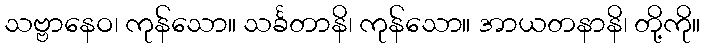
သဗ္ဗာနေဝ၊ ကုန်သော။ သင်္ခတာနိ၊ ကုန်သော။ အာယတနာနိ၊ တို့ကို။